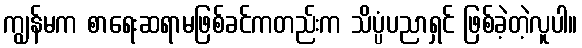
ကျွန်မက စာရေးဆရာမဖြစ်ခင်ကတည်းက သိပ္ပံပညာရှင် ဖြစ်ခဲ့တဲ့လူပါ။